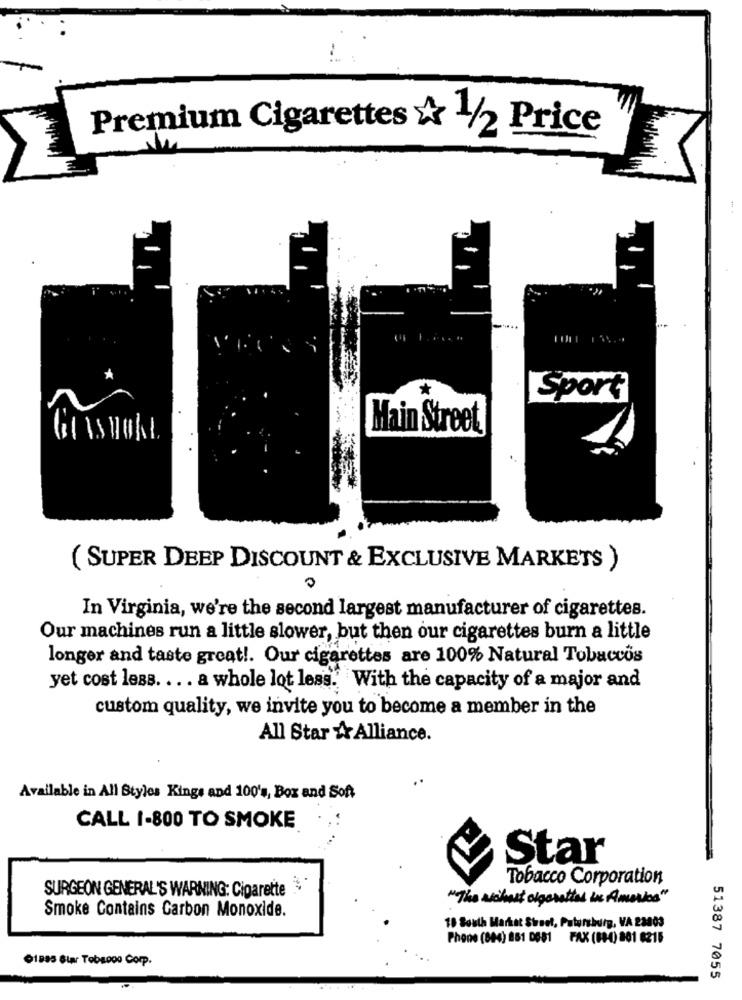
Premium Cigarettes & 1/2 Price
Sport
Main Street
( SUPER DEEP DISCOUNT & EXCLUSIVE MARKETS )
In Virginia, we're the second largest manufacturer of cigarettes.
Our machines run a little slower, but then our cigarettes burn a little
longer and taste great !. Our cigarettes are 100% Natural Tobaccos
yet cost less. ... a whole lot less. With the capacity of a major and
custom quality, we invite you to become a member in the
All Star Alliance.
Available in All Styles Kings and 100's, Box and Soft
CALL 1-800 TO SMOKE
Star
Tobacco Corporation
SURGEON GENERAL'S WARNING: Cigarette
"The richest cigarettes in America"
Smoke Contains Carbon Monoxide.
18 South Market Street, Paturshurg, VA 23803
Phone (844) 861 0681 FAX (88-4) 801 8216
01895 Star Tobacoo Corp.
51387 7055